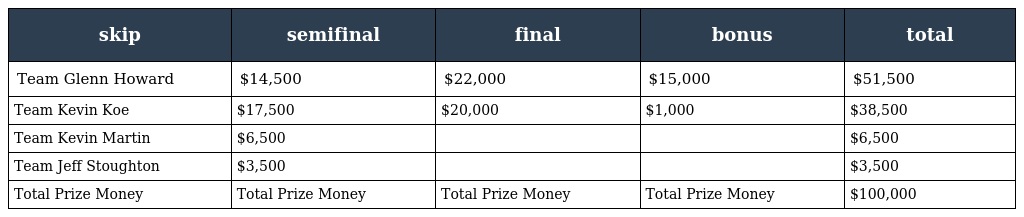
| skip | semifinal | final | bonus | total |
 | --- | --- | --- | --- | --- |
 | Team Glenn Howard | $14,500 | $22,000 | $15,000 | $51,500 |
 | Team Kevin Koe | $17,500 | $20,000 | $1,000 | $38,500 |
 | Team Kevin Martin | $6,500 |  |  | $6,500 |
 | Team Jeff Stoughton | $3,500 |  |  | $3,500 |
 | Total Prize Money | Total Prize Money | Total Prize Money | Total Prize Money | $100,000 |